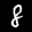
Label: 8